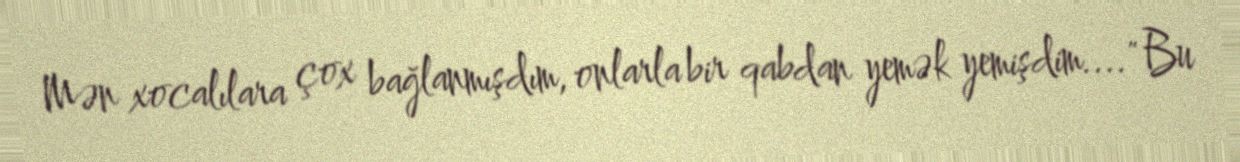
Mən xocalılara çox bağlanmışdım, onlarla bir qabdan yemək yemişdim...." Bu